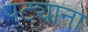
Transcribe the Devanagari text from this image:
पट्याना